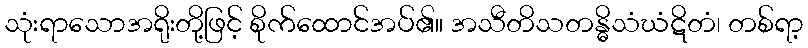
သုံးရာသောအရိုးတို့ဖြင့် စိုက်ထောင်အပ်၏။ အသီတိသတန္ဓိသံဃံဋိတံ၊ တစ်ရာ့